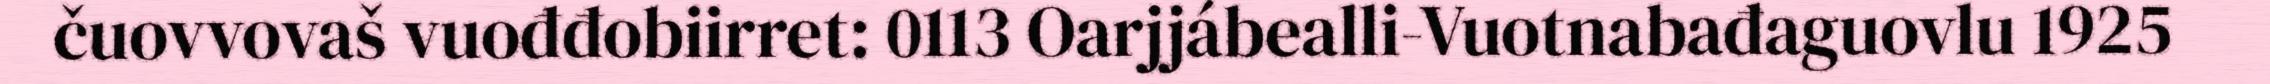
čuovvovaš vuođđobiirret: 0113 Oarjjábealli-Vuotnabađaguovlu 1925